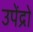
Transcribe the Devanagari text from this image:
उपेंद्रो